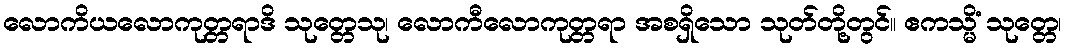
လောကိယလောကုတ္တရာဒိ သုတ္တေသု၊ လောကီလောကုတ္တရာ အစရှိသော သုတ်တို့တွင်။ ဧကသ္မိံ သုတ္တေ၊